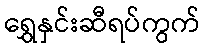
ရွှေနှင်းဆီရပ်ကွက်